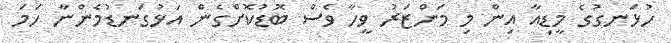
ހުޅަނގުގެ މީޑިއާ އިން މި މަންޒަރު ވީހާ ވެސް ބޮޑުކޮށްގެން އަޅުގަނޑުމެންނާ ހަމަ